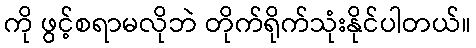
ကို ဖွင့်စရာမလိုဘဲ တိုက်ရိုက်သုံးနိုင်ပါတယ်။